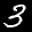
Label: 3